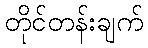
တိုင်တန်းချက်